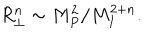
LaTeX: R _ { \perp } ^ { n } \sim M _ { P } ^ { 2 } / M _ { I } ^ { 2 + n } .